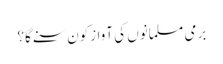
برمی مسلمانوں کی آوازکون سنے گا؟